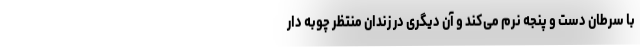
با سرطان دست و پنجه نرم می‌کند و آن دیگری در زندان منتظر چوبه دار